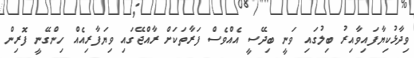
ވިދާޅުކިޔާފައިވާއިރު ބިލުގައި ވަނީ ބިދޭސީ އެއްވެސް ފަރާތަކަށް ރާއްޖޭގައި ވިޔަފާރިއެއް ހިންގޭނީ ފޮރިން